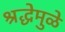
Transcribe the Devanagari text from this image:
श्रद्धेमुळे